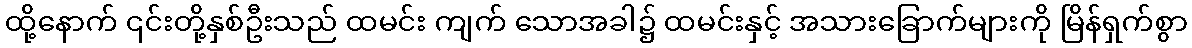
ထို့နောက် ၎င်းတို့နှစ်ဦးသည် ထမင်း ကျက် သောအခါ၌ ထမင်းနှင့် အသားခြောက်များကို မြိန်ရှက်စွာ